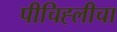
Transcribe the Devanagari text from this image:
पीचिह्लीचा